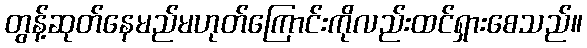
တွန့်ဆုတ်နေမည်မဟုတ်ကြောင်းကိုလည်းထင်ရှားစေသည်။